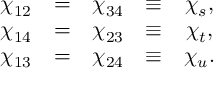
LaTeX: \begin{array} { r c l r c l } { { \chi _ { 1 2 } } } & { { = } } & { { \chi _ { 3 4 } } } & { { \equiv } } & { { \chi _ { s } , } } \\ { { \chi _ { 1 4 } } } & { { = } } & { { \chi _ { 2 3 } } } & { { \equiv } } & { { \chi _ { t } , } } \\ { { \chi _ { 1 3 } } } & { { = } } & { { \chi _ { 2 4 } } } & { { \equiv } } & { { \chi _ { u } . } } \end{array}